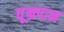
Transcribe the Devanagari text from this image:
घूम्रपान